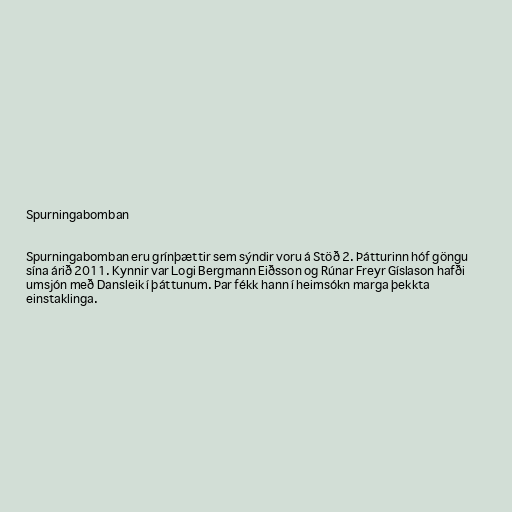
Spurningabomban

Spurningabomban eru grínþættir sem sýndir voru á Stöð 2. Þátturinn hóf göngu
sína árið 2011. Kynnir var Logi Bergmann Eiðsson og Rúnar Freyr Gíslason hafði
umsjón með Dansleik í þáttunum. Þar fékk hann í heimsókn marga þekkta
einstaklinga.